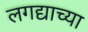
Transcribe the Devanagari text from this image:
लगद्याच्या